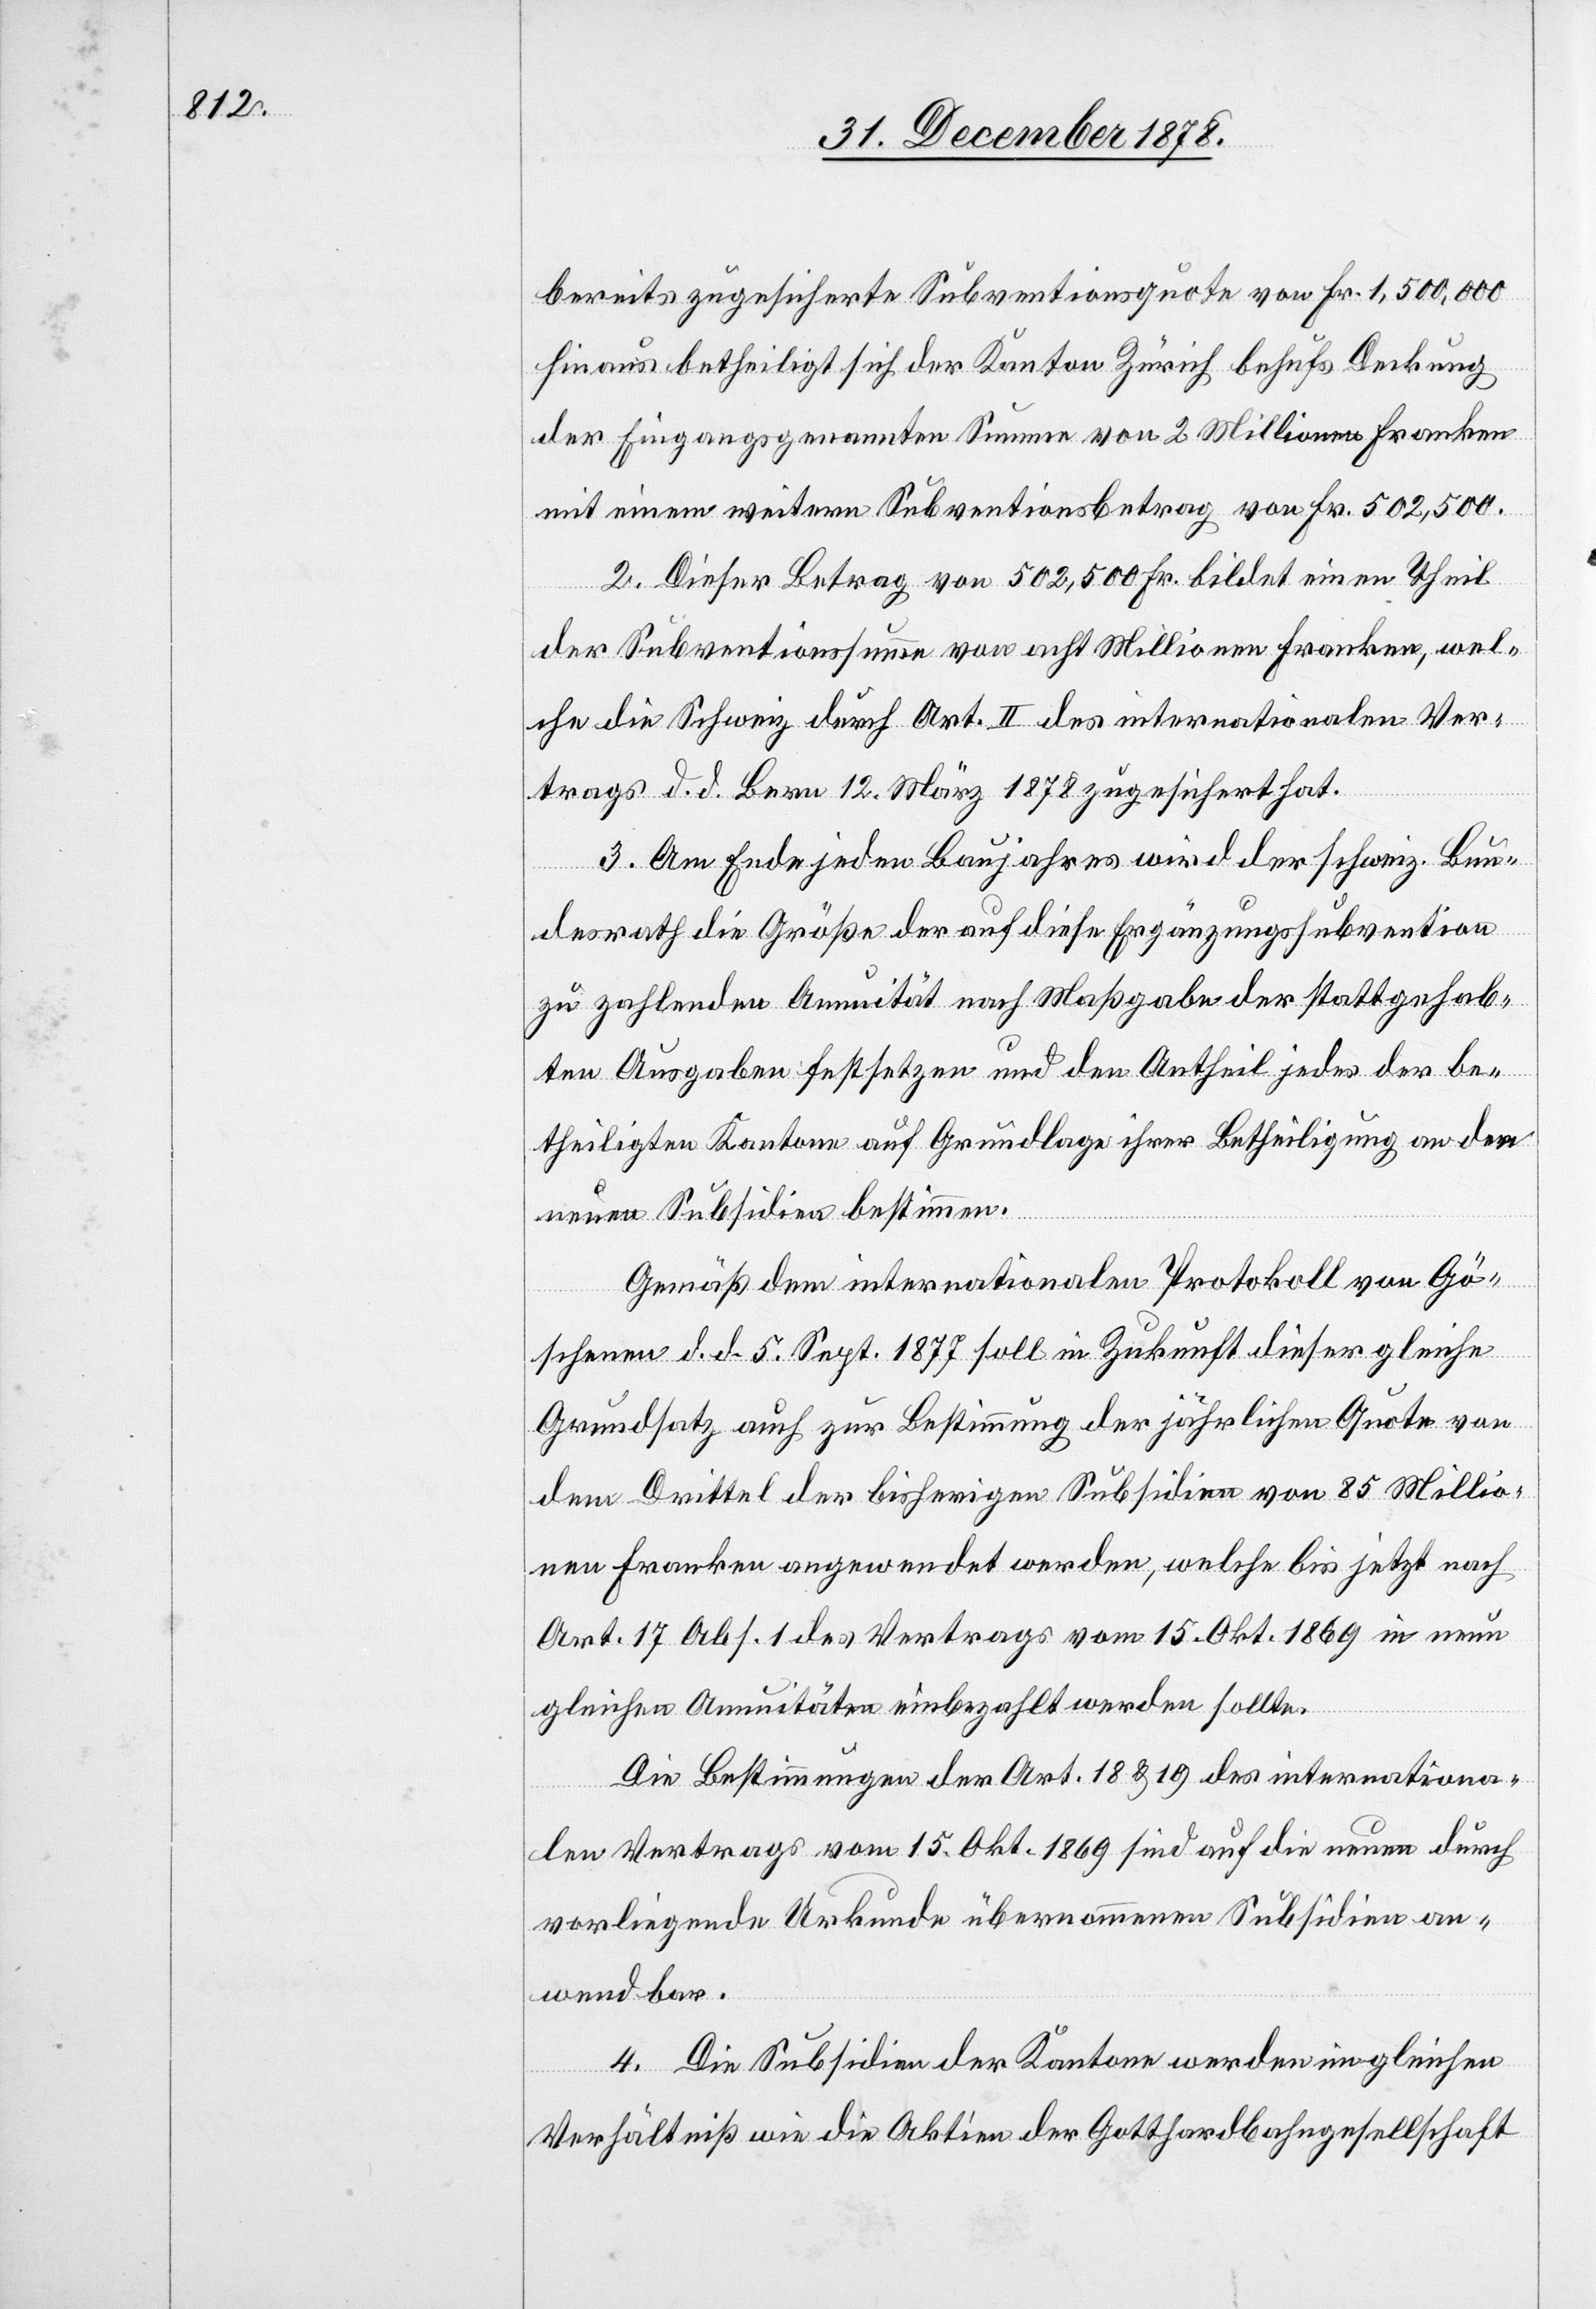
bereits zugesicherte Subventionsquote von Fr. 1,500,000
hinaus betheiligt sich der Kanton Zürich behufs Deckung
der Eingangs genannten Summe von 2 Millionen Franken
mit einem weitern Subventionsbetrag von Fr. 502,500.
2. Dieser Betrag von 502,500 Fr. bildet einen Theil
der Subventionssumme von acht Millionen Franken, wel¬
che die Schweiz durch Art. II des internationalen Ver¬
Art.
trags d. d. Bern 12. März 1878 zugesichert hat.
3. Am Ende jeden Baujahres wird der schweiz. Bun¬
desrath die Größe der auf diese Ergänzungssubvention
zu zahlenden Annuität nach Maßgabe der stattgehab¬
ten Ausgaben festsetzen und den Antheil jedes der be¬
theiligten Kantone auf Grundlage ihrer Betheiligung an den
neuen Subsidien bestimmen.
Gemäß dem internationalen Protokoll von Gö¬
schenen d. d. 5. Sept. 1877 soll in Zukunft dieser gleiche
Grundsatz auch zur Bestimmung der jährlichen Quote von
dem Drittel der bisherigen Subsidien von 85 Millio¬
nen Franken angewendet werden, welche bis jetzt nach
des Vertrags vom 15. Okt. 1869 sind auf die neuen durch
vorliegende Urkunde übernommenen Subsidien an¬
wendbar.
4. Die Subsidien der Kantone werden im gleichen
Verhältniß wie die Aktien der Gotthardbahngesellschaft